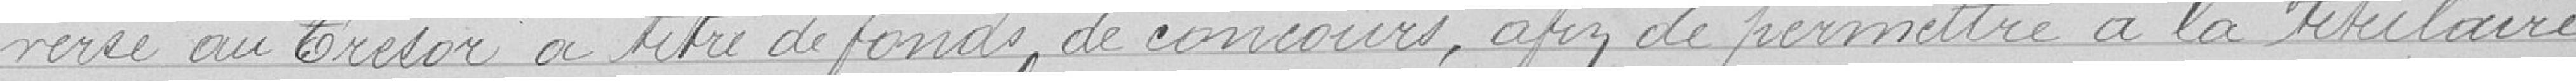
versé au Trésor à titre de fonds de concours, afin de permettre à la titulaire